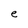
Character: e